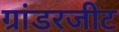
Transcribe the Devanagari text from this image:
ग्रांडरजीट